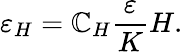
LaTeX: \varepsilon_{H}=\mathbb{C}_{H}\frac{{\varepsilon}}{{K}}H.